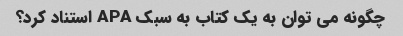
چگونه می توان به یک کتاب به سبک APA استناد کرد؟